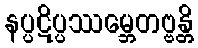
နပ္ပဋိပ္ပဿမ္ဘေတဗ္ဗန္တိ